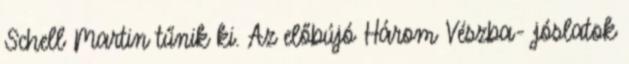
Schell Martin tűnik ki. Az előbújó Három Vészba- jóslatok